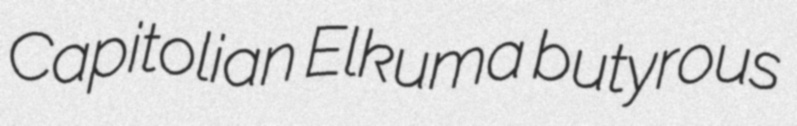
Capitolian Elkuma butyrous